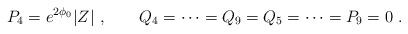
LaTeX: \begin{align*}P_4 = e^{2\phi_0} |Z| \ , \qquad Q_4= \dots = Q_9 = Q_5= \dots = P_9 = 0 \ .\end{align*}